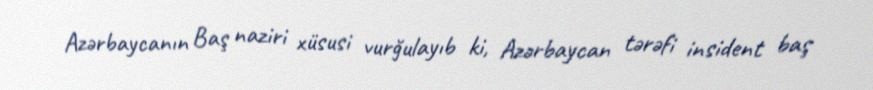
Azərbaycanın Baş naziri xüsusi vurğulayıb ki, Azərbaycan tərəfi insident baş